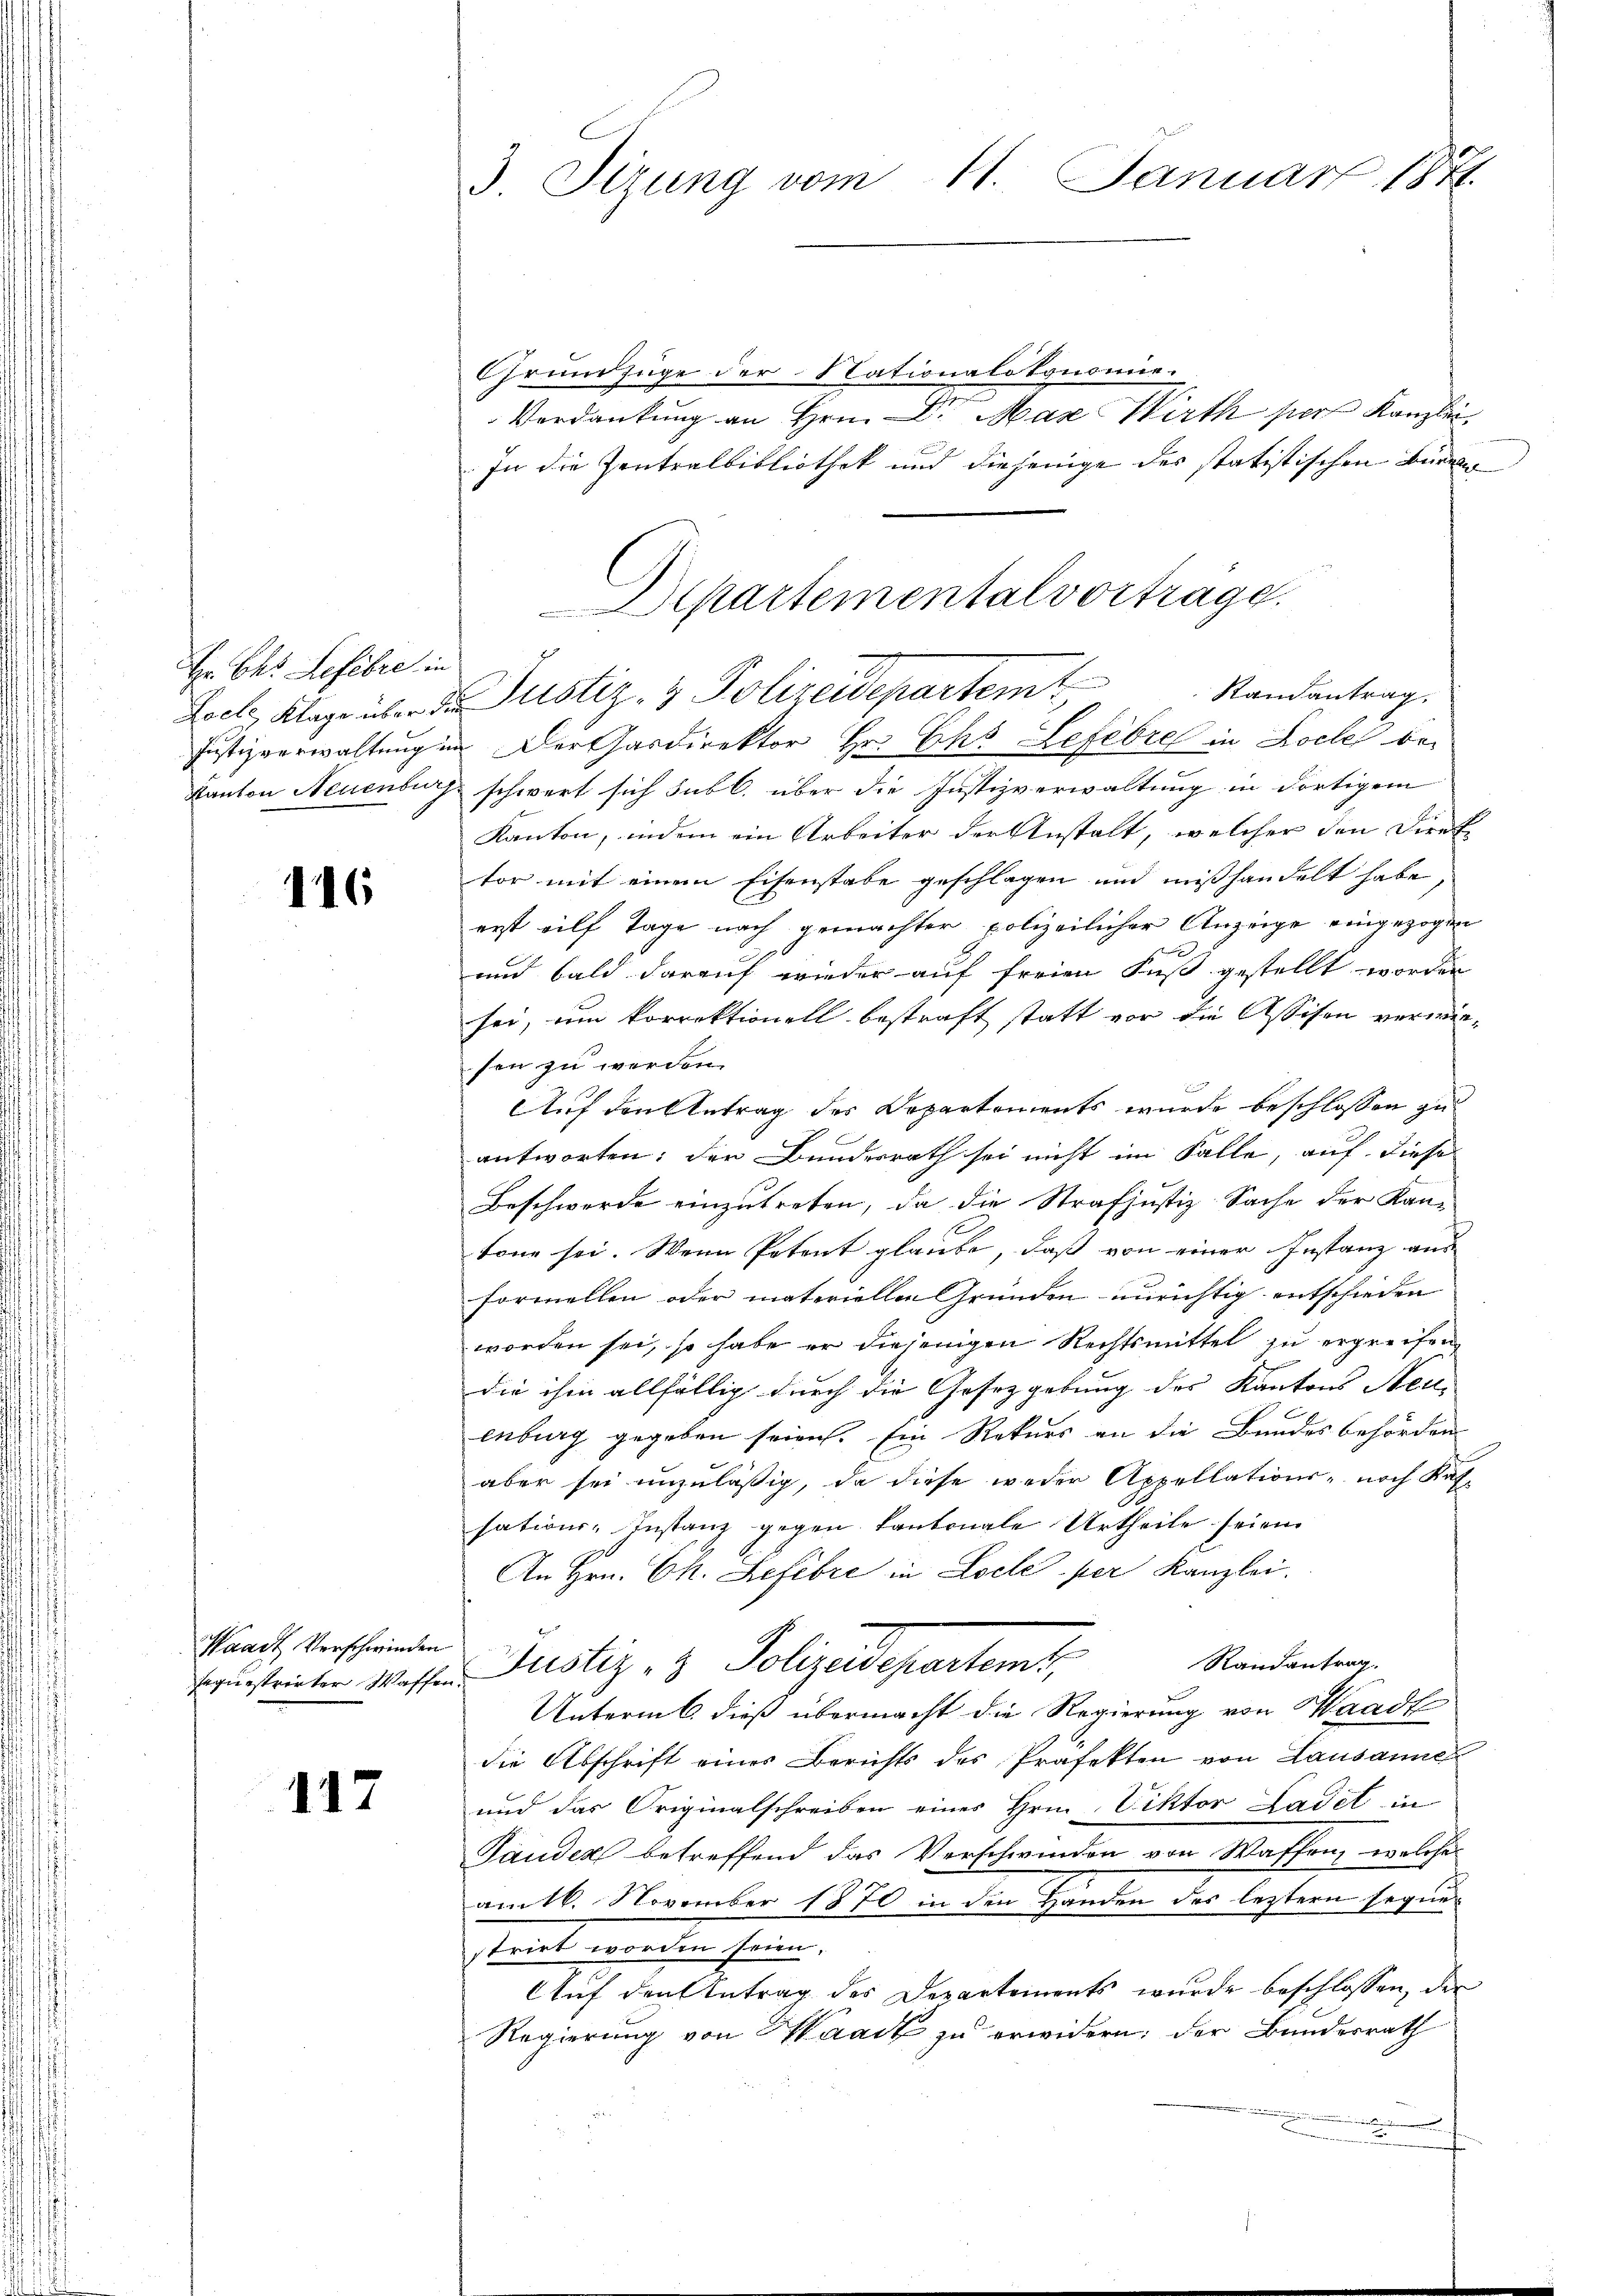
Hr. Chr. Lefebre in

116

Waadt Verschwinden
sagierstrirter Waffen

117

3 Sizung vom 11. Januar 1871.

Grundzüge der Nationalotonomie
Verdankung an Hrn. Dr. Max Wirth sors Kanzlei,
In die Zentralbibliothek und diejenige des statistischen Bürger
Feel Klage über das Justiz- & Polizeidepartemt
Justizverwaltung in Der Gardirektor Hr. Chs Lefebre in Loche bei
Kanton Neuenburg schwert sich sub l. über die Justizverwaltung in dortigem
Kanton, indem ein Arbeiter der Anstalt, welcher den Direk
tor mit einem Eisenstabe geschlagen und mißhandelt habe,
erst eilf Tage nach gemachter polizeilicher Anzeige eingezogen
und bald darauf wieder auf freien Fuss gestellt worden
sei, um korrektionell bestraft statt vor die Assisen verwiesen zu werden.
Auf den Antrag des Departements wurde beschlossen zu
antworten; der Bundesrath sei nicht im Falle, auf diese
Beschwerde einzutreten, da die Strafjustiz-Sache der Kan-
tone sei. Wenn Petent glaube, daß von einer Instanz aus
Formellen oder materiellen Gründen unrichtig entschieden
worden sei, so habe er diejenigen Rechtsmittel zu ergreifen
die ihm allfällig durch die Gesetzgebung des Kantons Neu-
enburg gegeben seien. Ein Rekurs an die Bundesbehörden
aber sei unzuläßig, da diese weder Appellations- noch Kofsations-Instanz gegen Kantonale Urtheile seien
An Hrn. Ch. Lefibre in Locle per Kanzlei.
2
Randantrag
Justiz- & Polyedepartems,
af
Unterm 6. dieß übermacht die Regierung von Waadt
die Abschrift eines Berichts des Präfekten von Lausannes
und das Originalschreiben eines Hrn. Viktor Ladet in
Länder betreffend das Verschwinden von Wassen, welche
am 16. November 1870 in den Handen des letztern segner
strirt worden seien.
Auf den Antrag des Departements wurde beschlossen, der
Regierung von Waadt zu erwidern; der Bundesrath

Departementalvortrage.
Randantrag.